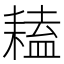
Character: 𦔏